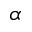
_ \alpha